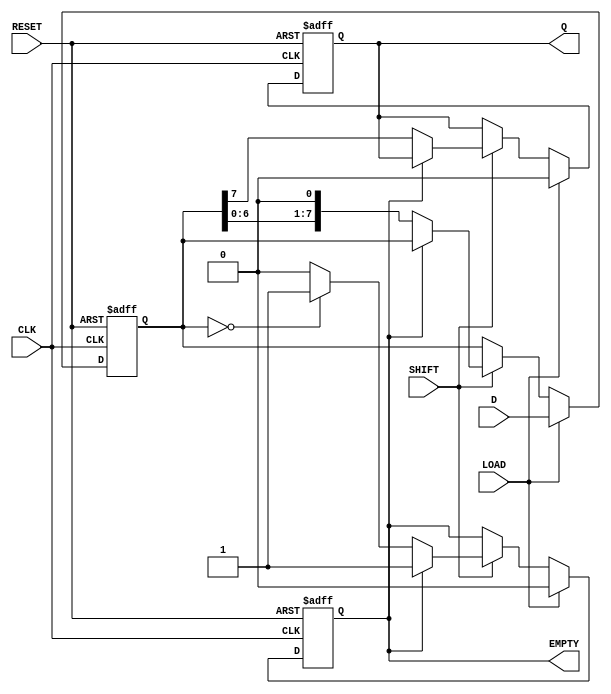
module PISO_Shift_Register (
    input wire [7:0] D,        // Parallel Data Input
    input wire LOAD,           // Load Enable
    input wire SHIFT,          // Shift Control
    input wire CLK,            // Clock
    input wire RESET,          // Reset
    output reg Q,              // Serial Output
    output reg EMPTY           // Empty Flag
);

    reg [7:0] shift_reg;       // Internal shift register

    always @(posedge CLK or posedge RESET) begin
        if (RESET) begin
            shift_reg <= 8'b0;  // Reset the register to zero
            Q <= 1'b0;          // Reset serial output
            EMPTY <= 1'b1;      // Register is empty after reset
        end else begin
            if (LOAD) begin
                shift_reg <= D;  // Load parallel data into the register
                Q <= 1'b0;        // Reset serial output
                EMPTY <= 1'b0;    // Register is not empty after loading
            end else if (SHIFT) begin
                if (!EMPTY) begin
                    Q <= shift_reg[7]; // Output the MSB
                    shift_reg <= {shift_reg[6:0], 1'b0}; // Shift left
                    // Check if the register is empty after shifting
                    if (shift_reg == 8'b0) begin
                        EMPTY <= 1'b1; // Set EMPTY flag if all bits are shifted out
                    end else begin
                        EMPTY <= 1'b0; // Register still has data
                    end
                end
            end
        end
    end

endmodule